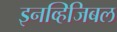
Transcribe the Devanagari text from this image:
इनव्हिजिबल